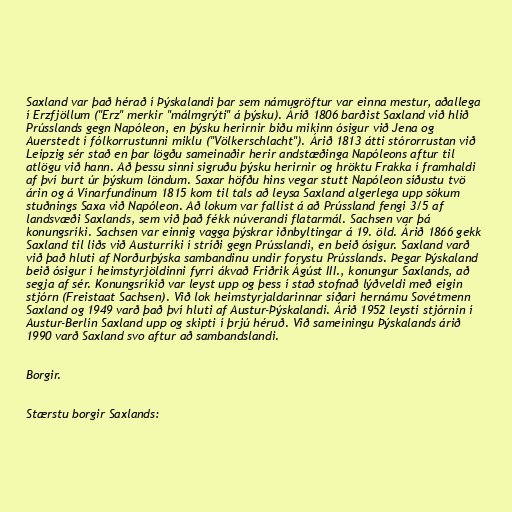
Saxland var það hérað í Þýskalandi þar sem námugröftur var einna mestur, aðallega
í Erzfjöllum ("Erz" merkir "málmgrýti" á þýsku). Árið 1806 barðist Saxland við hlið
Prússlands gegn Napóleon, en þýsku herirnir biðu mikinn ósigur við Jena og
Auerstedt í fólkorrustunni miklu ("Völkerschlacht"). Árið 1813 átti stórorrustan við
Leipzig sér stað en þar lögðu sameinaðir herir andstæðinga Napóleons aftur til
atlögu við hann. Að þessu sinni sigruðu þýsku herirnir og hröktu Frakka í framhaldi
af því burt úr þýskum löndum. Saxar höfðu hins vegar stutt Napóleon síðustu tvö
árin og á Vínarfundinum 1815 kom til tals að leysa Saxland algerlega upp sökum
stuðnings Saxa við Napóleon. Að lokum var fallist á að Prússland fengi 3/5 af
landsvæði Saxlands, sem við það fékk núverandi flatarmál. Sachsen var þá
konungsríki. Sachsen var einnig vagga þýskrar iðnbyltingar á 19. öld. Árið 1866 gekk
Saxland til liðs við Austurríki í stríði gegn Prússlandi, en beið ósigur. Saxland varð
við það hluti af Norðurþýska sambandinu undir forystu Prússlands. Þegar Þýskaland
beið ósigur í heimstyrjöldinni fyrri ákvað Friðrik Ágúst III., konungur Saxlands, að
segja af sér. Konungsríkið var leyst upp og þess í stað stofnað lýðveldi með eigin
stjórn (Freistaat Sachsen). Við lok heimstyrjaldarinnar síðari hernámu Sovétmenn
Saxland og 1949 varð það því hluti af Austur-Þýskalandi. Árið 1952 leysti stjórnin í
Austur-Berlín Saxland upp og skipti í þrjú héruð. Við sameiningu Þýskalands árið
1990 varð Saxland svo aftur að sambandslandi.

Borgir.

Stærstu borgir Saxlands: